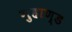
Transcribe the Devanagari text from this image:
गुहाण्ड